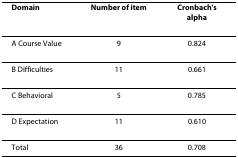
| Domain | Number of item | Cronbach's alpha |
 | --- | --- | --- |
 | A Course Value | 9 | 0.824 |
 | B Difficulties | 11 | 0.661 |
 | C Behavioral | 5 | 0.785 |
 | D Expectation | 11 | 0.610 |
 | Total | 36 | 0.708 |